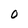
Character: 0